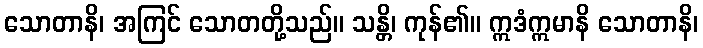
သောတာနိ၊ အကြင် သောတတို့သည်။ သန္တိ၊ ကုန်၏။ ဣဒံဣမာနိ သောတာနိ၊